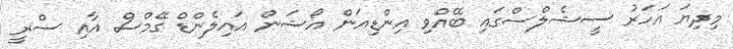
މިދިޔަ އަހަރު ސީޝެލްސްގައި ބޭއްވި އިންޑިއަން އޯޝަން އައިލެންޑް ގޭމްސް އާއި ސްރީ